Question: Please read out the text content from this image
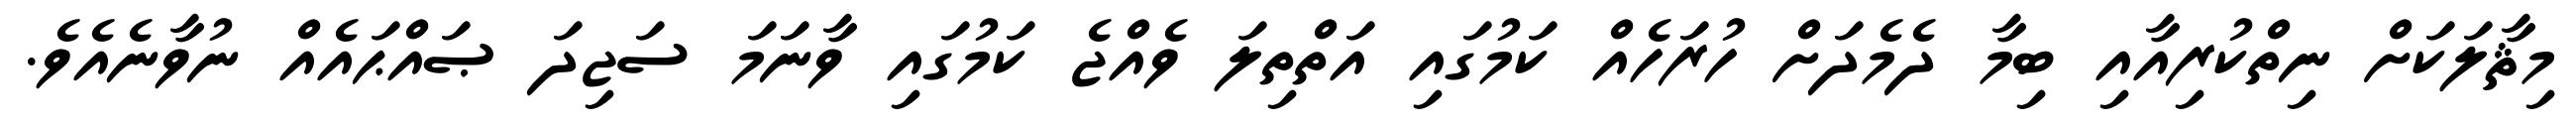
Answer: މިޘާލަކަށް ނިތްކުރިއާއި ބިމާ ދެމެދަށް ހުރަހެއް ކަމުގައި އަތްތިލަ ވެއްޖެ ކަމުގައި ވާނަމަ ސަޖިދަ ޞައްޙައެއް ނުވާނެއެވެ.